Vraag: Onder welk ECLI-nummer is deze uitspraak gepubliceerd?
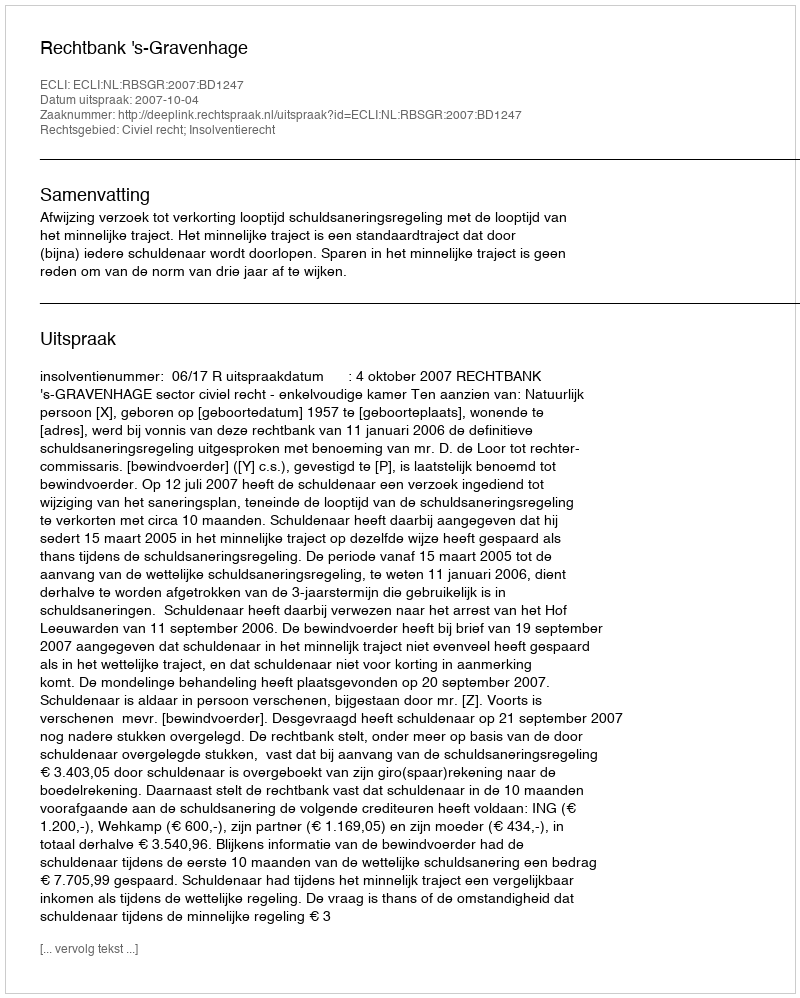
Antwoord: ECLI:NL:RBSGR:2007:BD1247